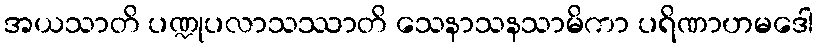
အယသာတိ ပဏ္ဍုပလာသဿာတိ သေနာသနသာမိကာ ပရိဏာဟမဒေါ